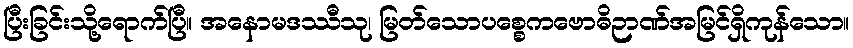
ပြီးခြင်းသို့ရောက်ပြီ။ အနောမဒဿီသု၊ မြတ်သောပစ္စေကဗောဓိဉာဏ်အမြင်ရှိကုန်သော။